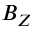
B _ { Z }